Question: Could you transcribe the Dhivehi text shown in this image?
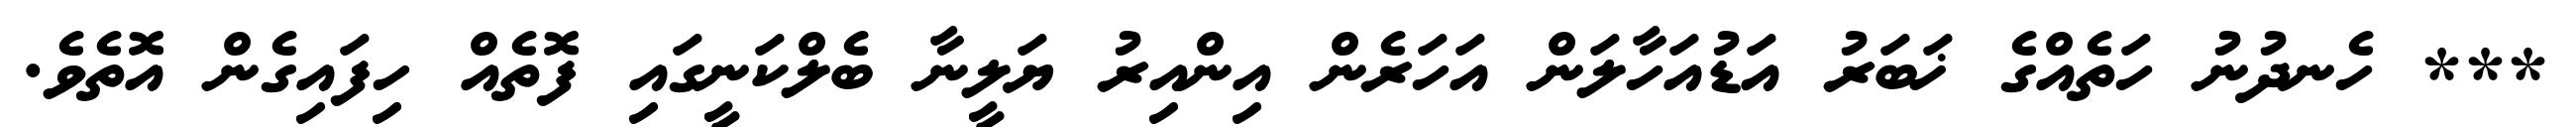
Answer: *** ހެނދުނު ހަތެއްގެ ޚަބަރު އަޑުއަހާލަން އަހަރެން އިންއިރު ޔަލީނާ ބެލްކަނީގައި ފޮތެއް ހިފައިގެން އޮތެވެ.